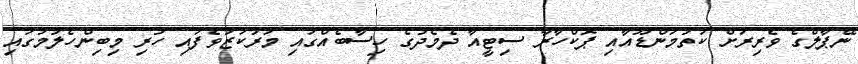
ނޭޕާލްގެ ވެރިރަށް ކަތުމަންޑޫއާއި ޕޮކްހާރާ ސިޓީއާ ދެމެދުގެ ހިސާބެއްގައި މަރުކަޒުވެފައި ހުރި މިބިންހެލުމުގައި